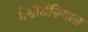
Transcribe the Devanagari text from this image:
प्रेसीडेंसियाल